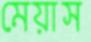
মেয়াস